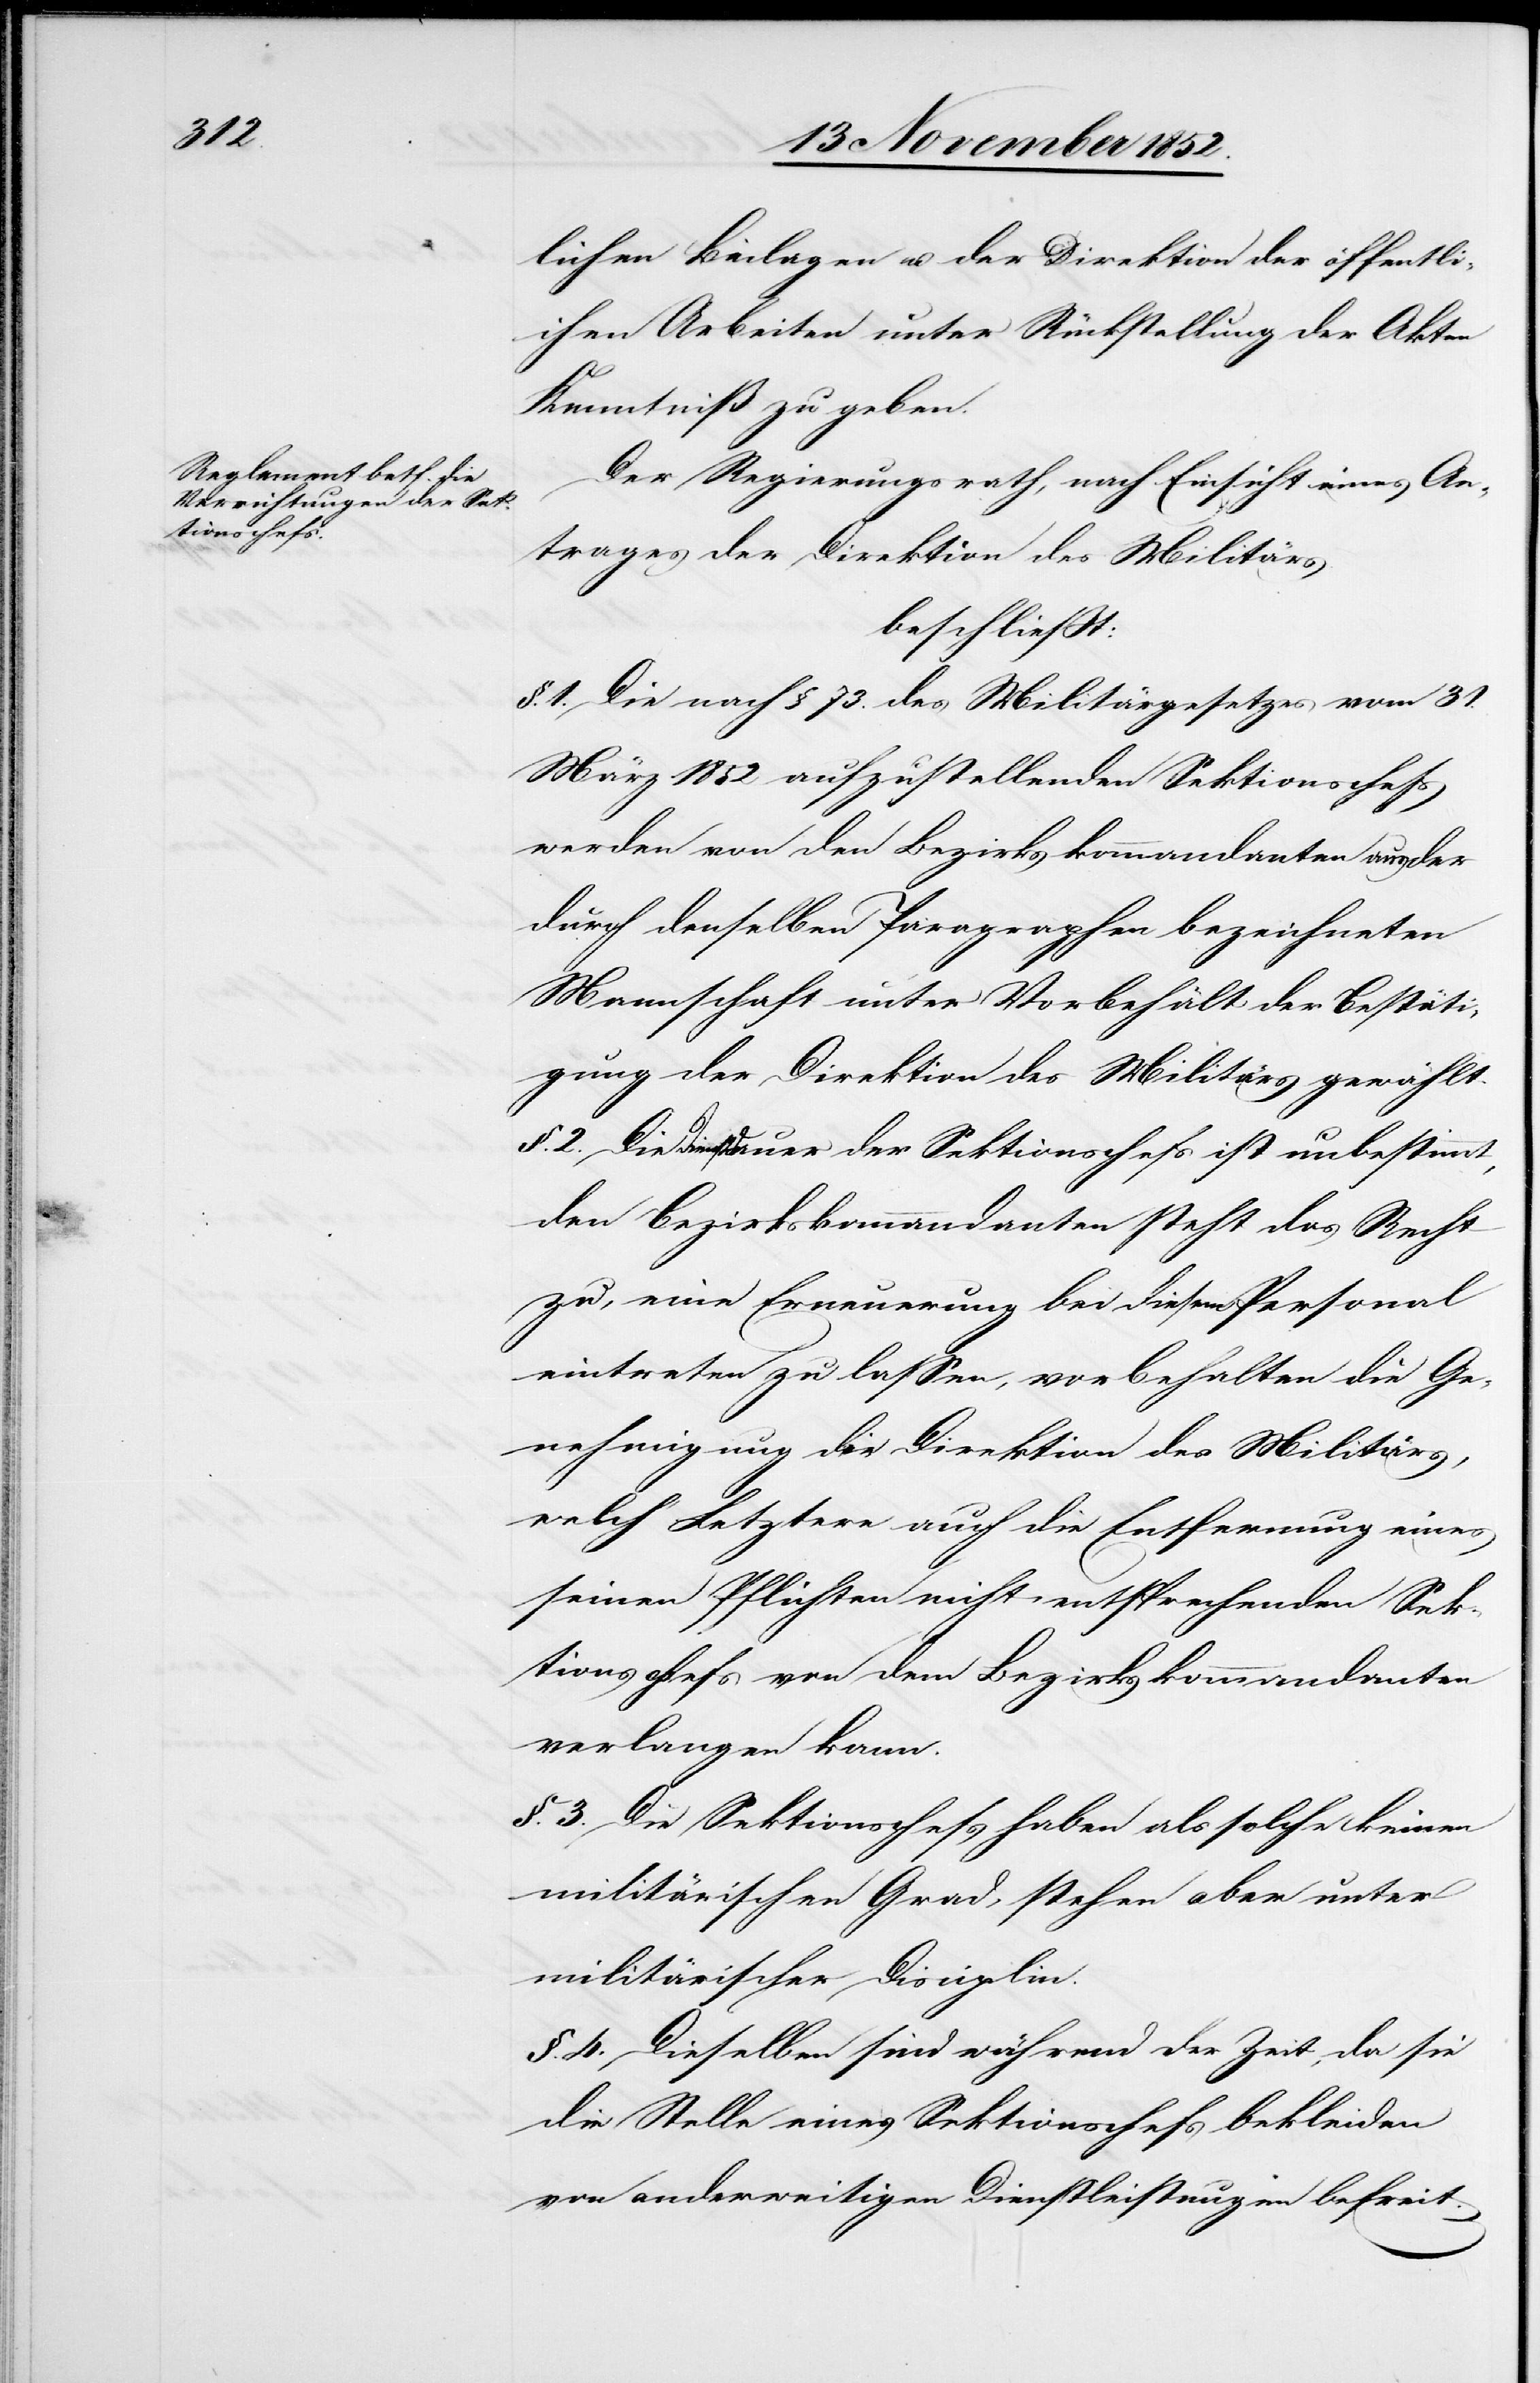
lichen Beilagen u. der Direktion der öffentli¬
chen Arbeiten unter Rückstellung der Akten
Kenntniß zu geben.
Der Regierungsrath, nach Einsicht eines An¬
trages der Direktion des Militärs
beschließt:
§. 1. Die nach § 73. des Militärgesetzes vom 31.
März 1852 aufzustellenden Sektionschefs
werden von den Bezirkskommandanten aus der
durch denselben Paragraphen bezeichneten
Mannschaft unter Vorbehält [sic!] der Bestäti¬
gung der Direktion des Militärs gewählt.
§. 2. Die Dienstdauer der Sektionschefs ist unbestimmt,
den Bezirkskommandanten steht das Recht
zu, eine Erneuerung bei diesem Personal
eintreten zu lassen, vorbehalten die Ge¬
nehmigung der Direktion des Militärs,
welch‘ Letztere auch die Entfernung eines
seinen Pflichten nicht entsprechenden Sek¬
tionschefs von dem Bezirkskommandanten
verlangen kann.
§. 3. Die Sektionschefs haben als solche keinen
militärischen Grad, stehen aber unter
militärischer Disciplin.
§. 4. Dieselben sind während der Zeit, da sie
die Stelle eines Sektionschefs bekleiden
von anderweitigen Dienstleistungen befreit.